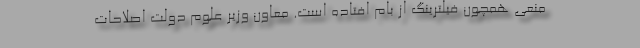
منعی همچون فیلترینگ از بام افتاده است. معاون وزیر علوم دولت اصلاحات